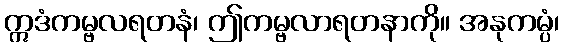
ဣဒံကမ္ဗလရတနံ၊ ဤကမ္ဗလာရတနာကို။ အနုကမ္ပံ၊